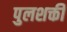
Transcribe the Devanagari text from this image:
पुलशक्ती